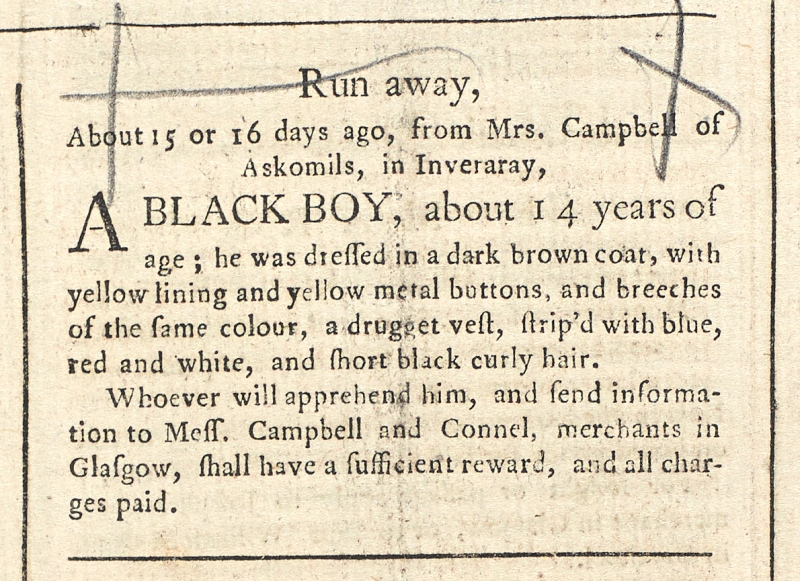
Glasgow Courant, 4 September 1758 (Scotland)
Run away, About 15 or 16 days ago, from Mrs. Campbell of Askomils, in Inveraray,A BLACK BOY, about 14 years of age; he was dressed in a dark brown coat, with yellow lining and yellow metal buttons, and breeches of the same colour, a drugget vest, strip’d with blue, red and white, and short black curly hair.   Whoever will apprehend him, and send information to Mess. Campbell & Connel, merchants in Glasgow, shall have a sufficient reward, and all charges paid.